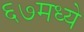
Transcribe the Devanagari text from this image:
६७मध्ये